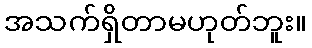
အသက်ရှိတာမဟုတ်ဘူး။